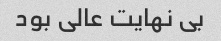
بی نهایت عالی بود